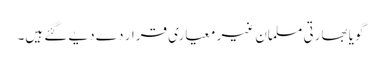
گویا بھارتی مسلمان غیر معیاری قرار دے دیے گئے ہیں۔